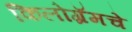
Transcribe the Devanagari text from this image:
किलोग्रॅमचे